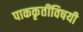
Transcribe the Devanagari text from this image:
पाककृतींविषयी